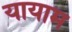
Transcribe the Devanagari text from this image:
यायाम